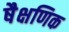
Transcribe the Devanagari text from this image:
षैक्षणिक